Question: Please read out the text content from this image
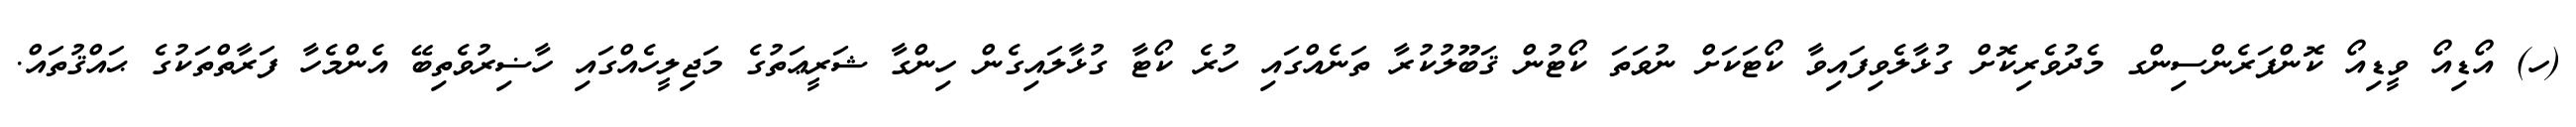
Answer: (ހ) އޯޑިއޯ ވީޑިއޯ ކޮންފަރެންސިންގ މެދުވެރިކޮށް ގުޅާލެވިފައިވާ ކޯޓަކަށް ނުވަތަ ކޯޓުން ޤަބޫލުކުރާ ތަނެއްގައި ހުރެ ކޯޓާ ގުޅާލައިގެން ހިންގާ ޝަރީޢަތުގެ މަޖިލީހެއްގައި ހާޟިރުވެތިބޭ އެންމެހާ ފަރާތްތަކުގެ ޙައްޤުތައް.